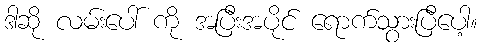
ဒါဆို လမ်းပေါ် ကို အပြီးအပိုင် ရောက်သွားပြီပေါ့။